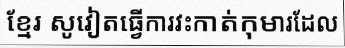
ខ្មែរ សូវៀតធ្វើការវះកាត់កុមារដែល